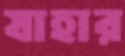
যাহার